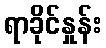
ရာခိုင်နှုန်း